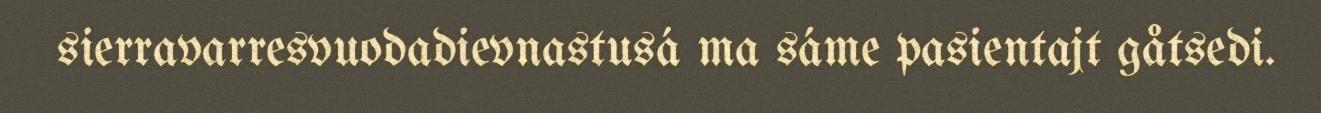
sierravarresvuodadievnastusá ma sáme pasientajt gåtsedi.